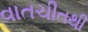
વાતચીતથી